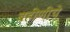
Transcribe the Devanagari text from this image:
बहीणीचे